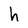
Character: h